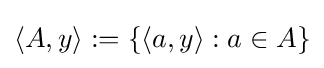
\langle A,y\rangle :=\{\langle a,y\rangle :a\in A\}